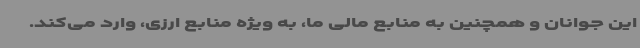
این جوانان و همچنین به منابع مالی ما، به ویژه منابع ارزی، وارد می‌کند.